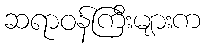
ဆရာဝန်ကြီးများက